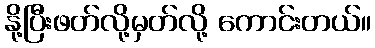
နို့ပြီးဖတ်လို့မှတ်လို့ ကောင်းတယ်။